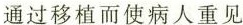
通过移植而使病人重见